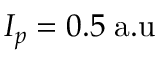
I _ { p } = 0 . 5 \mathrm { \; a . u }